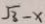
\sqrt { 3 } - x